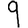
Digit: 9